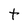
Character: t